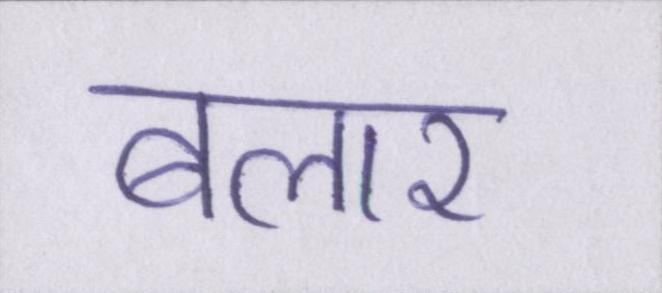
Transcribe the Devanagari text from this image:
बलार